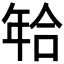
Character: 𰏫